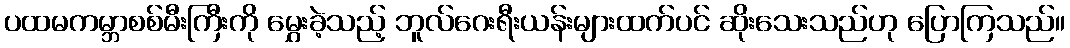
ပထမကမ္ဘာစစ်မီးကြီးကို မွှေးခဲ့သည့် ဘူလ်ဂေးရီးယန်းများထက်ပင် ဆိုးသေးသည်ဟု ပြောကြသည်။